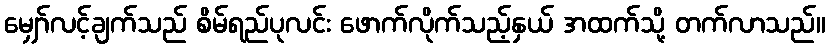
မျှော်လင့်ချက်သည် စိမ်ရည်ပုလင်း ဖောက်လိုက်သည့်နှယ် အထက်သို့ တက်လာသည်။